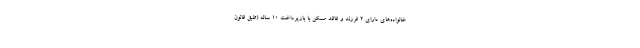
خانواده‌های دارای ۲ فرزند و فاقد مسکن با بازپرداخت ۱۰ ساله (طبق قانون